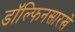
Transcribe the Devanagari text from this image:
डॉल्फिनसारखे